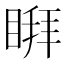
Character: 𱳄